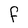
Character: F